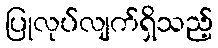
ပြုလုပ်လျက်ရှိသည့်